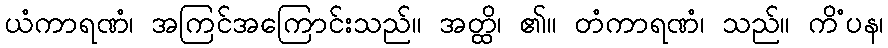
ယံကာရဏံ၊ အကြင်အကြောင်းသည်။ အတ္ထိ၊ ၏။ တံကာရဏံ၊ သည်။ ကိံပန၊